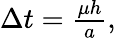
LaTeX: \begin{array}{r}{\Delta t=\frac{\mu h}{a},}\end{array}